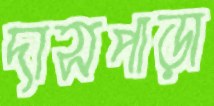
দাসপাড়া